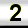
Digit: 2